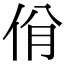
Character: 佾